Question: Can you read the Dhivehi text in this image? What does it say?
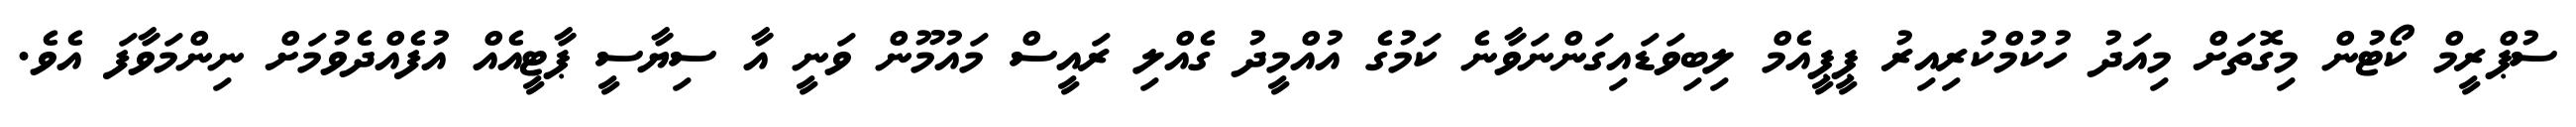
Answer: ސުޕްރީމް ކޯޓުން މިގޮތަށް މިއަދު ހުކުމްކުރިއިރު ޕީޕީއެމް ލިބިވަޑައިގަންނަވާނެ ކަމުގެ އުއްމީދު ގެއްލި ރައީސް މައުމޫން ވަނީ އާ ސިޔާސީ ޕާޓީއެއް އުފެއްދެވުމަށް ނިންމަވާފަ އެވެ.